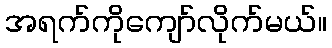
အရက်ကိုကျော်လိုက်မယ်။